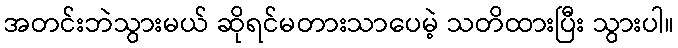
အတင်းဘဲသွားမယ် ဆိုရင်မတားသာပေမဲ့ သတိထားပြီး သွားပါ။